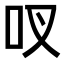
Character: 𫩗